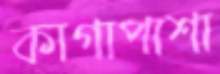
কাগাপাশা